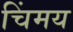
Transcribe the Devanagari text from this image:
चिंमय